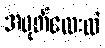
အဖုတ်လေးထဲ